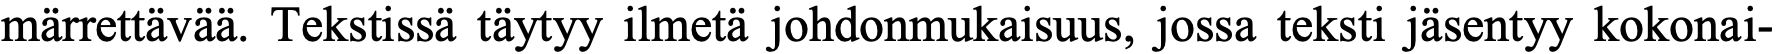
märrettävää. Tekstissä täytyy ilmetä johdonmukaisuus, jossa teksti jäsentyy kokonai-